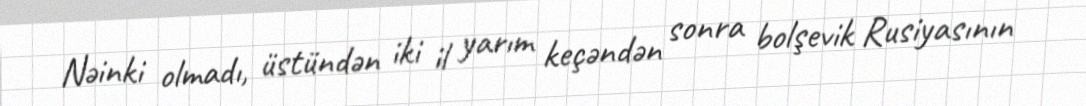
Nəinki olmadı, üstündən iki il yarım keçəndən sonra bolşevik Rusiyasının